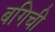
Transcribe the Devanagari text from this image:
बगिची